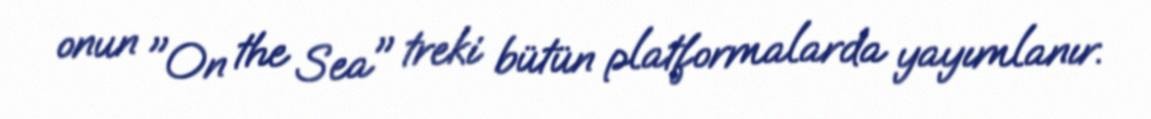
onun "On the Sea" treki bütün platformalarda yayımlanır.